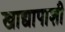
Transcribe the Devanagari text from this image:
खाद्यापाशी